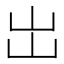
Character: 岀